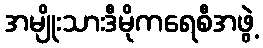
အမျိုးသားဒီမိုကရေစီအဖွဲ့